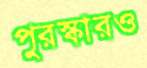
পুরস্কারও